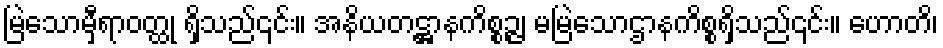
မြဲသောမှီရာဝတ္ထု ရှိသည်၎င်း။ အနိယတဋ္ဌာနကိစ္စဉ္ဇ၊ မမြဲသောဌာနကိစ္စရှိသည်၎င်း။ ဟောတိ၊